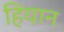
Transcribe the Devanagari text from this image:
हियान